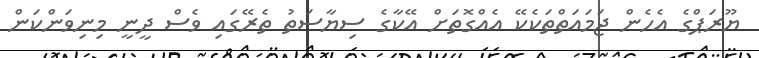
ޔޫރަޕްގެ އެހެން ޖަމައަތްތަކެކޭ އެއްގޮތަށް އޭކާގެ ސިޔާސަތު ތެރޭގައި ވެސް ދީނީ މިނިވަންކަން